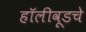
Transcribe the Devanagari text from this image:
हॉलीवूडचे